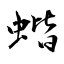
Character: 蝔